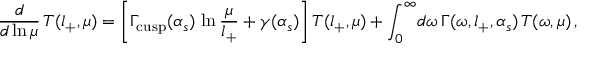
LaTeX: \frac { d } { d \ln \mu } \, T ( l _ { + } , \mu ) = \left[ \Gamma _ { \mathrm { c u s p } } ( \alpha _ { s } ) \, \ln \frac { \mu } { l _ { + } } + \gamma ( \alpha _ { s } ) \right] T ( l _ { + } , \mu ) + \int _ { 0 } ^ { \infty } \! d \omega \, \Gamma ( \omega , l _ { + } , \alpha _ { s } ) \, T ( \omega , \mu ) \, ,